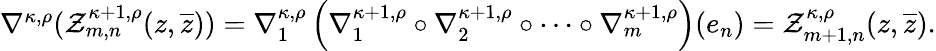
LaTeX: \begin{array}{r}{\nabla^{\kappa,\rho}(\mathcal{Z}_{m,n}^{\kappa+1,\rho}(z,\overline{{z}}))=\nabla_{1}^{\kappa,\rho}\left(\nabla_{1}^{\kappa+1,\rho}\circ\nabla_{2}^{\kappa+1,\rho}\circ\cdots\circ\nabla_{m}^{\kappa+1,\rho}\right)(e_{n})=\mathcal{Z}_{m+1,n}^{\kappa,\rho}(z,\overline{{z}}).}\end{array}